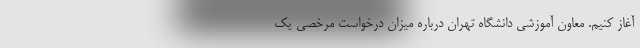
آغاز کنیم. معاون آموزشی دانشگاه تهران درباره میزان درخواست مرخصی یک